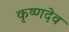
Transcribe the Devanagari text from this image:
कृष्‍णदेव